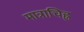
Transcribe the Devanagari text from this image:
मात्राचिह्न